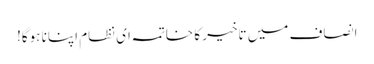
انصاف میں تاخیر کا خاتمہ ای نظام اپنانا ہوگا!